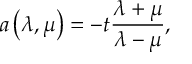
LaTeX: a \left( \lambda , \mu \right) = - t \frac { \lambda + \mu } { \lambda - \mu } ,